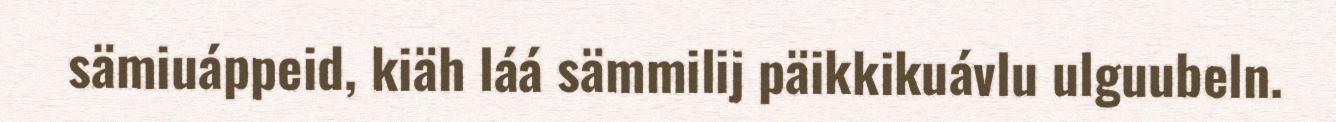
sämiuáppeid, kiäh láá sämmilij päikkikuávlu ulguubeln.